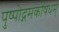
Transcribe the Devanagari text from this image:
पुष्पोद्गमकोषधम्